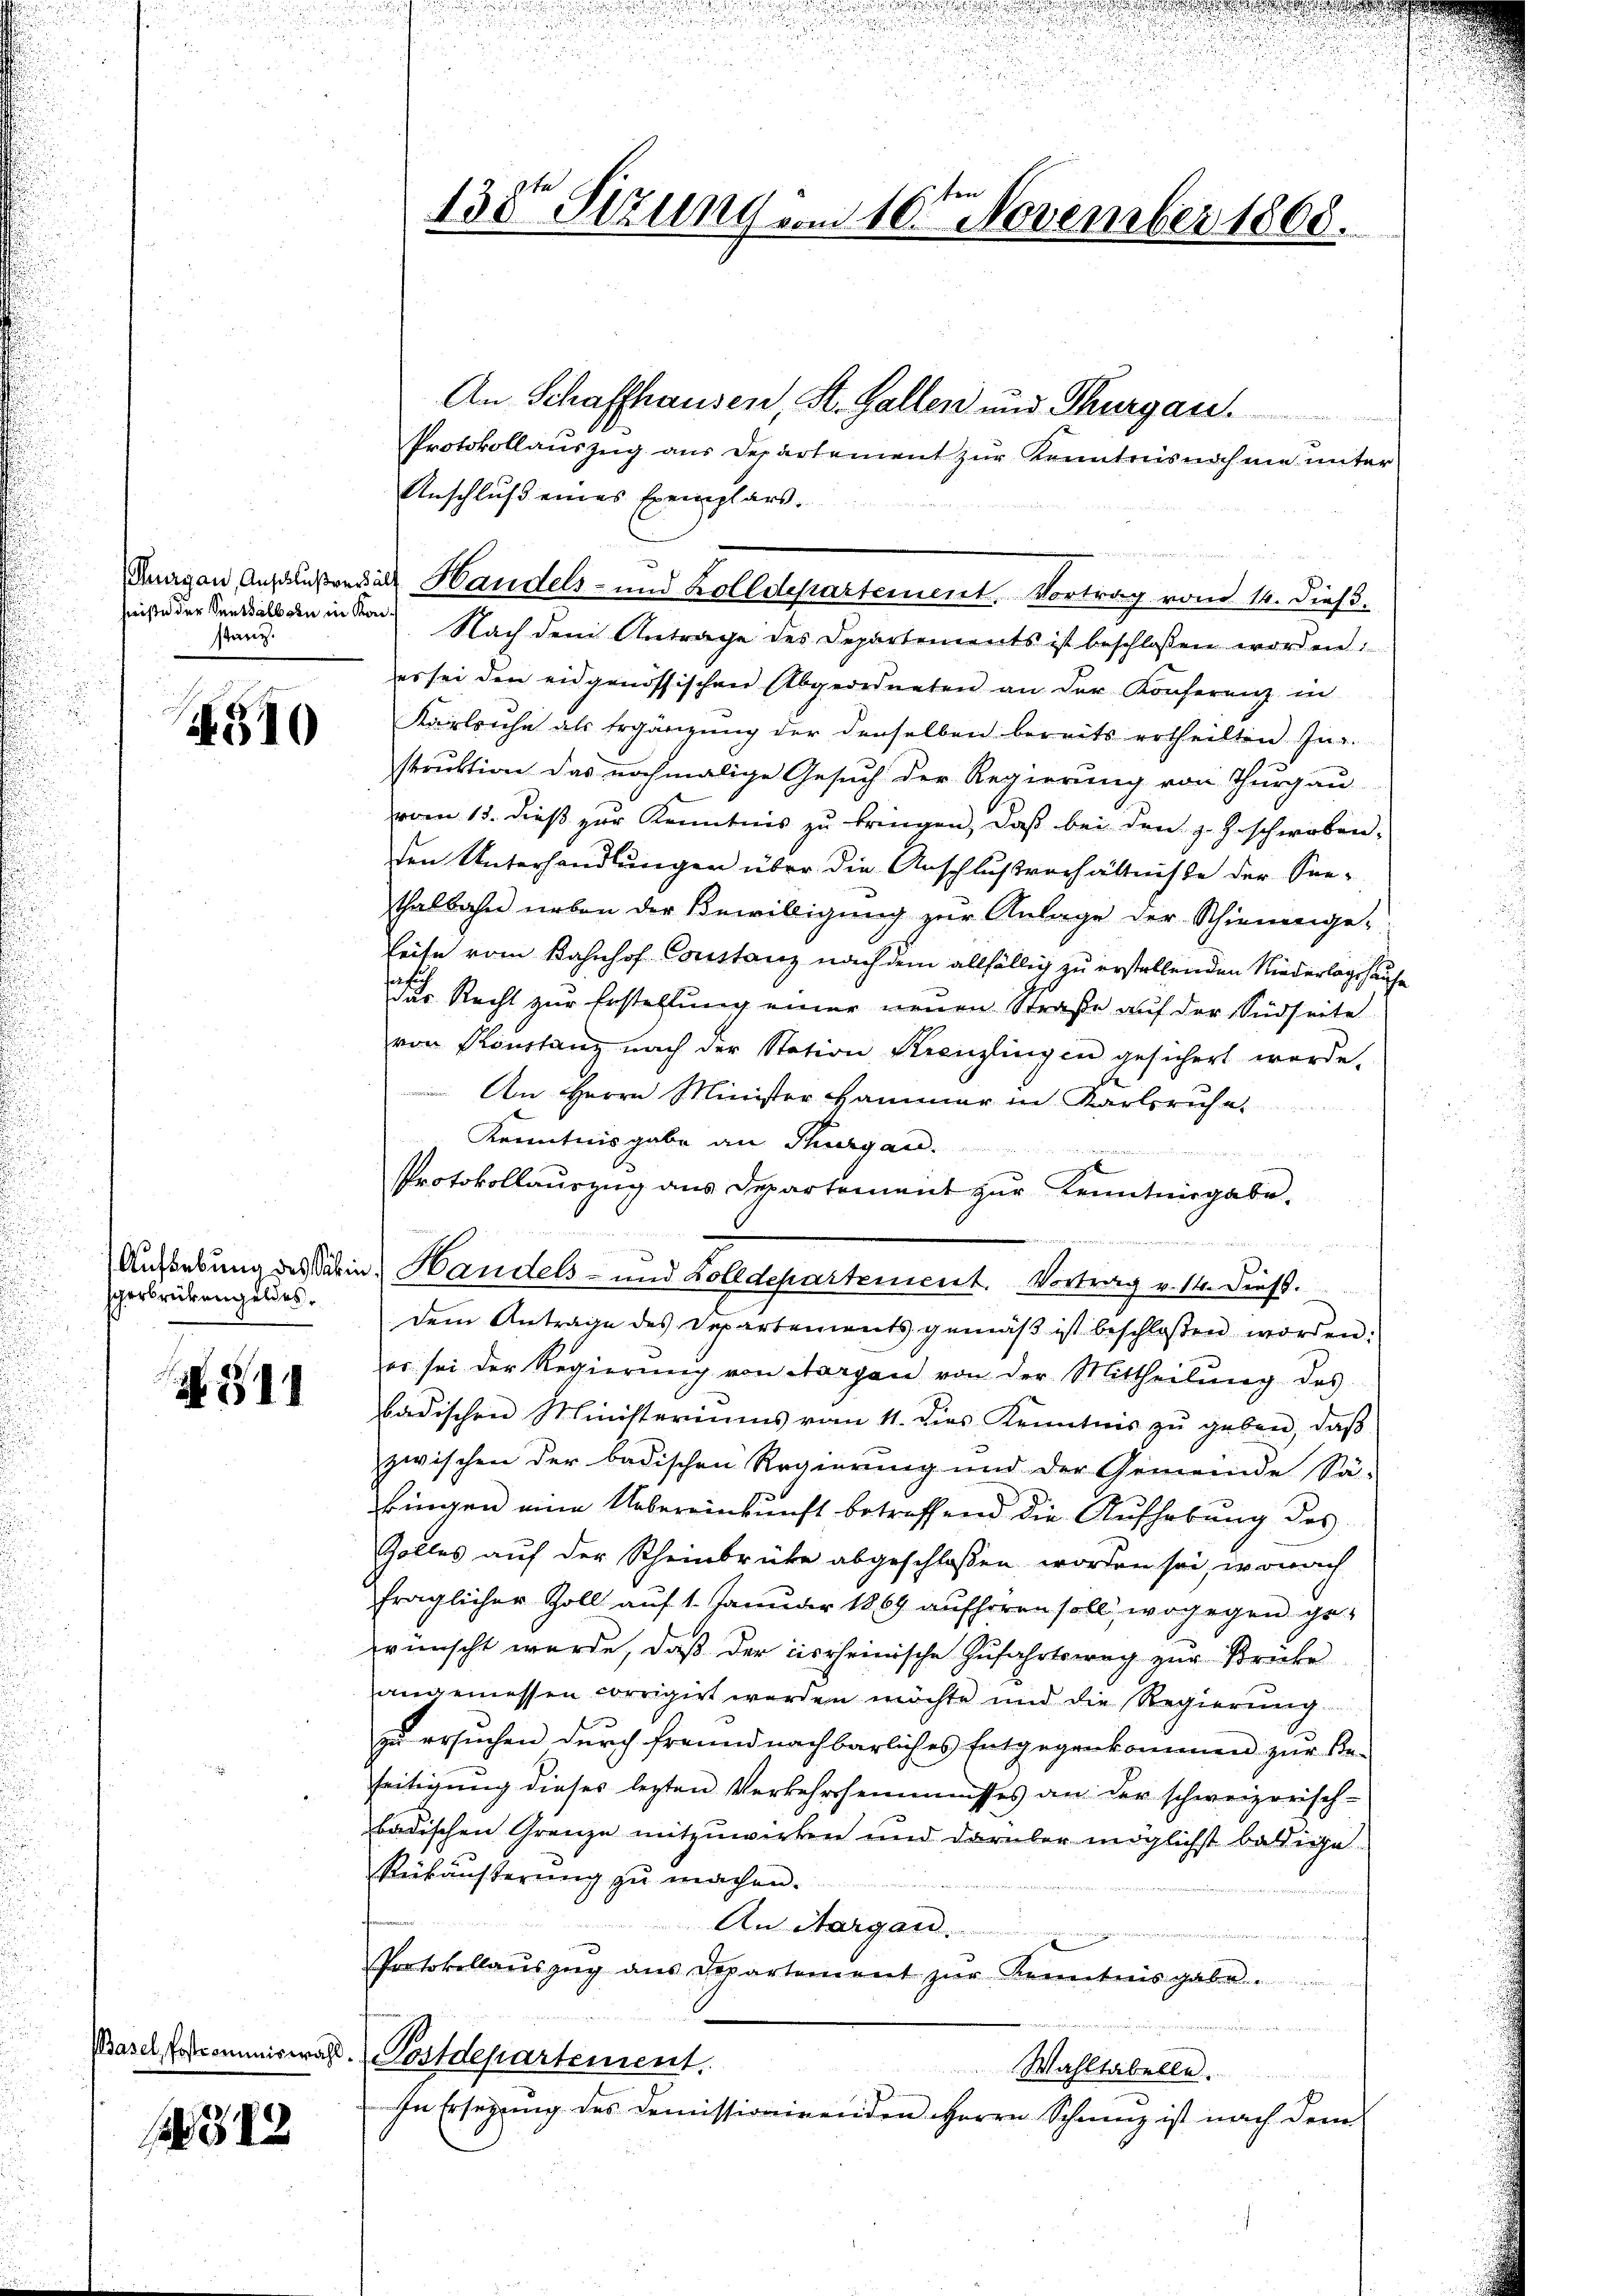
hwiste der Senthalborn in Konstanz.

S.570

perbrükengeldes.

N. 311

312

138te Sizung vom 10te͇n November 1868.

Protokollauszug aus Departement zur Kenntnisnahme unter
Anschluß eines Exemplars.
Nach dem Antrage des Departements ist beschlossen worden:
es sei den eidgenössischen Abgeordneten an der Konferenz in
Karleihe als Ergänzŭng der denselben bereits ertheilten In-
struktion das nochmalige Gesuch der Regierung von Thurgau
vom 13. dieß zur Kenntnis zu bringen, daß bei den z. Geschwaben-
den Unterhandlungen über die Anschlußverhältnisse der Seethalbahn neben der Bewilligung zur Anlage der Schienenge-
Leite vom Bahnhof Constanz nach dem allfällig zu erstellenden Niederlagshause
h. Recht zur Erstellung einer neŭen Straße auf der Südseite
von Konstanz nach der Station Kreuzlingen gesichert werde.
Am Herrn Minister Hammer in Karlsruhe
Kenntnisgabe an Thurgau.
Protokollauszug aus Departement zur Kenntnisgabe.
e
n
dem Antrage des Departements gemäβ ist beschlossen worden:
er sei der Regierung von Horgen von der Mittheilung des
badischen Ministeriums vom 11. dies Kenntnis zu geben, daß
zwischen der badischen Regierung und der Gemeinde Sä-
bingen eine Uebereinkunft betreffend die Aufhebung des
Zolles auf der Scheinbrücke abgeschlossen worden sei, wonach
fraglicher Zoll auf 1. Januar 1869 aufhören soll, wogegen gewünscht werde, daß der circheinische Zufahrtsweg zur Brücke
angemessen corrigirt werden möchte und die Regierŭng
zu ersuchen durch freundnachbarliches Entgegenkommen zur Be-
seitigung dieses lezten Verkehrsheimnisses an der schweizerisch-
badischen Grenze mitzuwirken und darüber möglichst baldige
Reikäusterŭng zŭ machen.
An Aargau.
n
Protokollaŭszŭg aŭs Departement zŭr Kenntnisgabe.
 werden werden in
Masel Erstkommiswahl. Postdepartement.
Wahltabelle.
In Ersezung des Demissionirenden Herrn Schmuz ist nach dem

Davon Anfahnendig Handels- und Zolldepartement. Vortrag vom 14. dieß.

Aufsebung des Säkin, Handels- und Zolldepartement. Vortrag v. 14. Dieß.

An Schaffhausen, St. Gallen und Thurgau